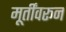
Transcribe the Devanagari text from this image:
मूर्तींवरून